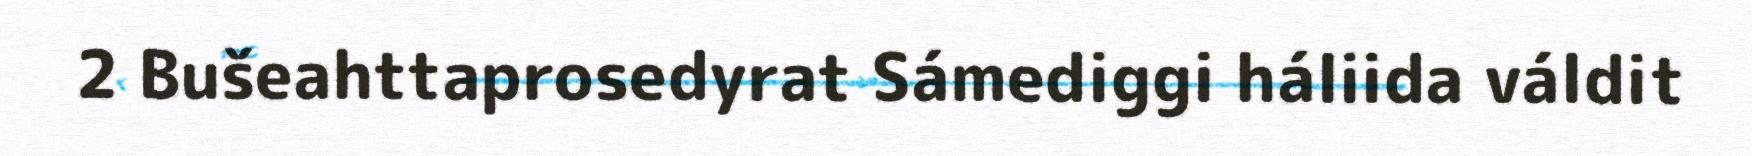
2 Bušeahttaprosedyrat Sámediggi háliida váldit